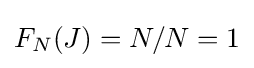
F_{N}(J)=N/N=1